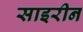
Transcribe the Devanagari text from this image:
साइरीन